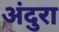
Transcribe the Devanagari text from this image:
अंदुरा